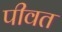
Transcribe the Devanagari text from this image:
पीवत